Burma Government Medical School reports 1923-41
Year: 1923
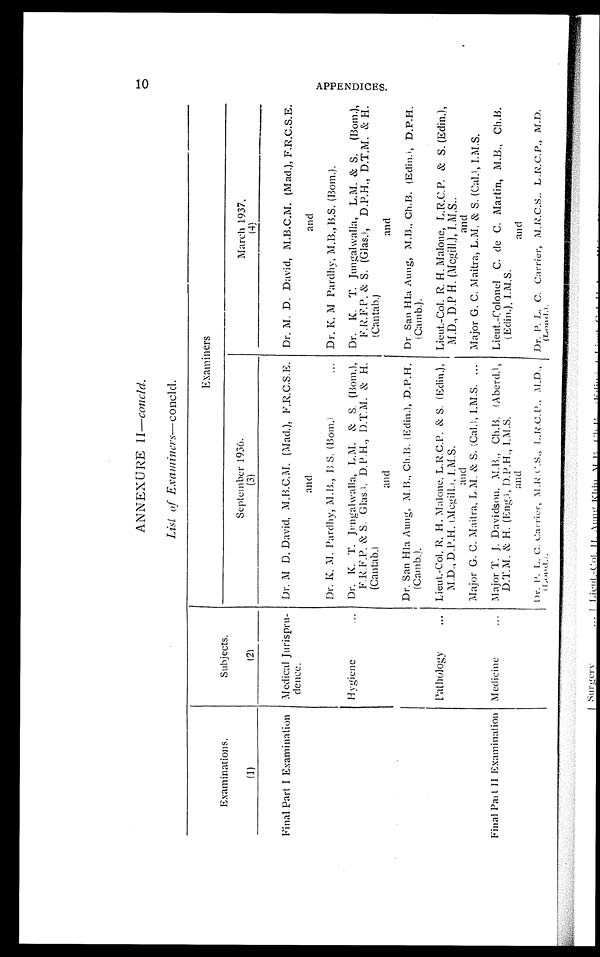
ANNEXURE II—concld.
1 0
List of Examiners—concld.
Examinations.
(1)
Subjects.
(2)
Examiners
September 1936.
(3)
March 1937.
(4)
Final Part I Examination
Medical Jurispru-
dence.
Dr. M D. David, M.B.C.M. (Mad.), F.R.C.S.E.
Dr. M. D. David, M.B.C.M. (Mad.), F.R.C.S.E.
and
and
Dr. K. M. Pardhy, M.B., B.S. (Bom.) Dr. K. M Pardhy, M.B., B.S. (Bom.).
Hygiene
Dr. K. T. Jungalwalla, L.M. & S. (Bom.),
F.R.F.P. & S.Glas.), D. P. H., D.T.M. & H.
(Cantab.)
Dr. K.T. Jungalwalla, L.M. & S. (Bom.),
F.R.F.P. & S. (Glas.), D.P.H., D.T.M. & H.
(Cantab.)
and
and
Dr. San Hla Aung, M. B., Ch.B. (Edin.), D.P.H.
(Camb.).
Dr San Hla Aung, M.B., Ch.B. (Edin.), D.P.H.
(Camb. ).
Pathology Lieut.-Col. R. H. Malone, L.R.C.P. & S. (Edin.),
M.D., D.P.H. (Mcgill.), I.M.S.
Lieut.-Col. R. H. Malone, L.R.C.P & S. (Edin.),
M . D . , D . P . H . ( M c g i l l . ) , I . M . S .
and
and
Major G. C. Maitra, L.M. & S. (Cal.), I.M.S.
Major G. C. Maitra, L.M. & S. (Cal.), I.M.S.
Final Part II Examination Medicine
Major T.J. Davidson. M.B., Ch.B. (Aberd.),
D.T.M. & H. (Eng.), D.P.H., I.M.S.
and
Lieut.-Colonel C. de C. Martin, M.B., Ch.B.
(Edin.), I.M.S.
and
Dr. P.L.C. Carrier, M.R.C.S., L.R.C.P., M.D.,
(Lond.).
Dr. P. L.C. Carrier, M.R.C.S., L.R.C.P., M.D.
( Lond. ) .